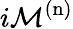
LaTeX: i\mathcal{M}^{\mathrm{(n)}}